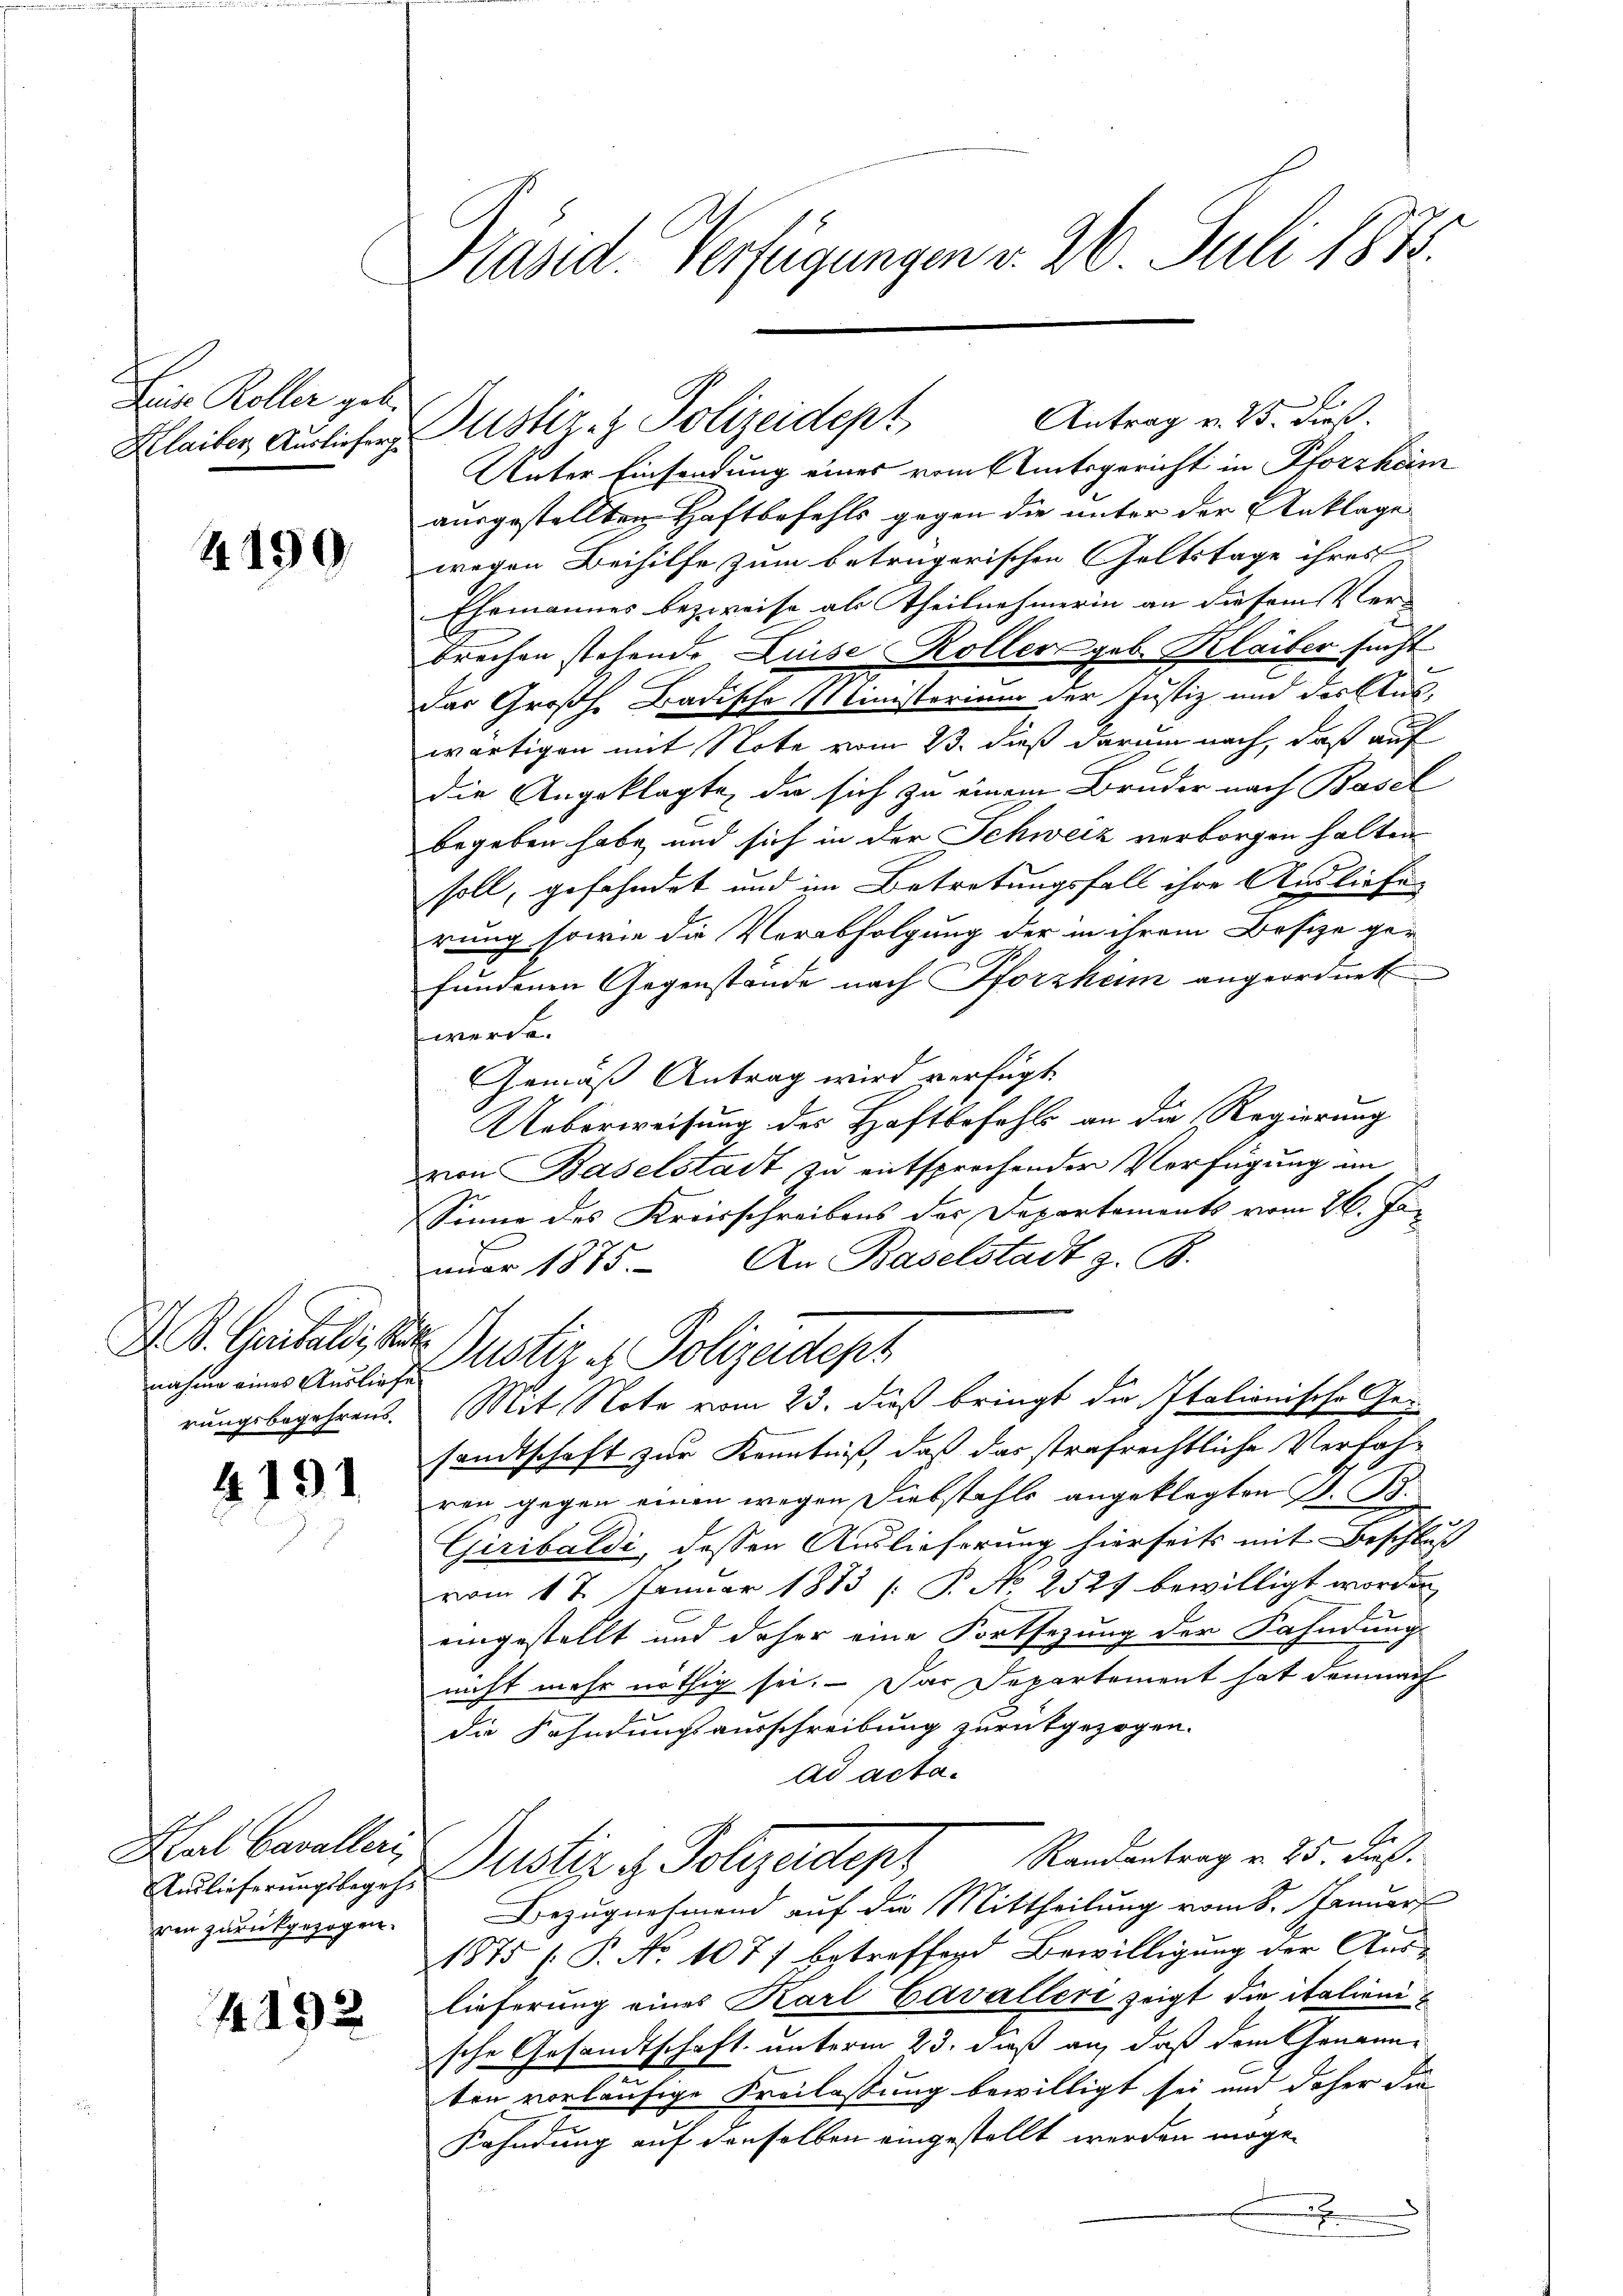
Leine Roller geb.

4199.

nahme eines Ausliefes

4194.

Antrag v. 25. dieß.
Unter Einsendung eines vom Amtsgericht in Pforzheim
ausgestellten Haftbefehls gegen die unter der Anklage
wegen Beihilfe zum betrügerischen Geltstage ihres
Ehemannes bezweife als Theilnehmerin an diesem Ver-
brechen stehende Luise Roller geb. Klaiber sucht
das Großh. Badische Ministerium der Justiz und der Aus-
wärtigen mit Note vom 13. dieß darum nach, daß auf
die Angeklagte, da sich zu einem Bruder nach Basel
begeben habe, und sich in der Schweiz verborgen halten
soll, gefähndet und im Betretungsfall ihre Ausliefe
rung sowie die Verabfolgung der in ihrem Besize ger
fundenen Gegenstände nach Pforzhum angeordnet
werde.
Gemäß Antrag wird verfügt
Ueberweisung des Haftbefehls an die Regierung
von Baselstadt zu entsprechender Verfügung im
Sinne des Kreisschreibens der Departements vom 26. Jan
nuar 1875. An Baselstadt z. B.
D. P. Genfeld, die Justiz & Polizeidept
rungsbegehrens. Mit Note vom 23. dieß bringt die Italionische Gesandtschaft zur Kenntniß, daß das strafrechtliche Verfahren gegen einen wegen Diebstahls angeklagten D. B.
Giribaldi dessen Auslieferung hierseits mit Beschluß
vom 17. Januar 1883 (: P. No 2521 bewilligt worden
eingestellt und daher eine Fortsezung der Fahndung
nicht mehr nöthig sei. Das Departement hat demnach
die Fahndungsausschreibung zurückgezogen.
ad acta.
E
Redlicherungsbegehe Astiz es Polizeidept Randantrag v. 25. des
ren zurückgezogen. Bezugnehmend auf die Mittheilung vom 8. Januar
1875 (: P. No 1077 betreffend Bewilligung der Aus-
lieferung eines Karl Cavaller zeigt die italienische Gesandtschaft unterm 23. dieß an, daß dem Genannten vorläufige Freilassung bewilligt sei und daher die
Kahndung auf denselben eingestellt werden möge.
.

Bal Cavalleri

4192

Präsid. Verfügungen v. 26. Juli 1873.

Klaiser Ausliefen ustiz- & Polizeidept